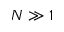
N \gg 1